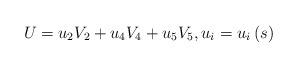
LaTeX: \begin{align*}U = u_2 V_2 + u_4 V_4 + u_5 V_5 ,u_i = u_i \left( s\right)\end{align*}